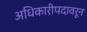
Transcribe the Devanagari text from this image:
अधिकारीपदावरून